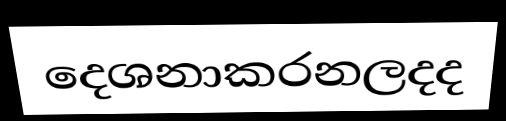
දෙශනාකරනලදද